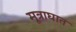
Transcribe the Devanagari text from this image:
मूत्राघात